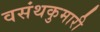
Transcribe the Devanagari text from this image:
वसंथकुमारी